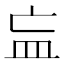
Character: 𥁃